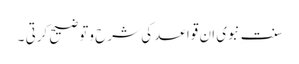
سنت ِنبوی ان قواعد کی شرح وتوضیح کرتی ۔